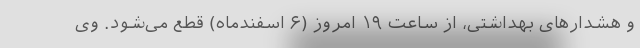
و هشدارهای بهداشتی، از ساعت ۱۹ امروز (۶ اسفندماه) قطع می‌شود. وی